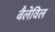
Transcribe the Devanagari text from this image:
बैलेविल